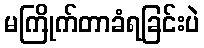
မကြိုက်တာခံရခြင်းပဲ